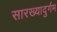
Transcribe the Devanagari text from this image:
सारख्यादुर्गम